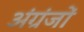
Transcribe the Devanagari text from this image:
अंग्रंजों